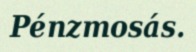
Pénzmosás.